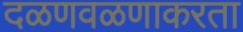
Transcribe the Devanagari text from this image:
दळणवळणाकरता